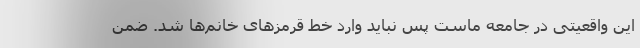
این واقعیتی در جامعه ماست پس نباید وارد خط قرمزهای خانم‌ها شد. ضمن